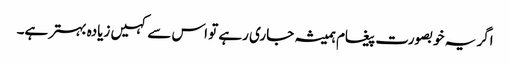
اگر یہ خوبصورت پیغام ہمیشہ جاری رہے تو اس سے کہیں زیادہ بہتر ہے۔